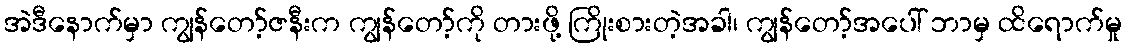
အဲဒီနောက်မှာ ကျွန်တော့်ဇနီးက ကျွန်တော့်ကို တားဖို့ ကြိုးစားတဲ့အခါ၊ ကျွန်တော့်အပေါ် ဘာမှ ထိရောက်မှု